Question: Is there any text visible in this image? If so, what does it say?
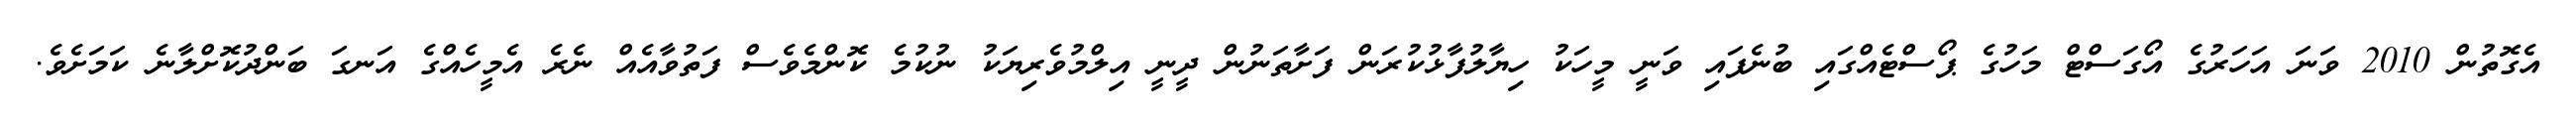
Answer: އެގޮތުން 2010 ވަނަ އަހަރުގެ އޯގަސްޓް މަހުގެ ޕޯސްޓެއްގައި ބުނެފައި ވަނީ މީހަކު ހިޔާލުފާޅުކުރަން ފަށާތަނުން ދީނީ އިލްމުވެރިޔަކު ނުކުމެ ކޮންމެވެސް ފަތުވާއެއް ނެރެ އެމީހެއްގެ އަނގަ ބަންދުކޮށްލާނެ ކަމަށެވެ.